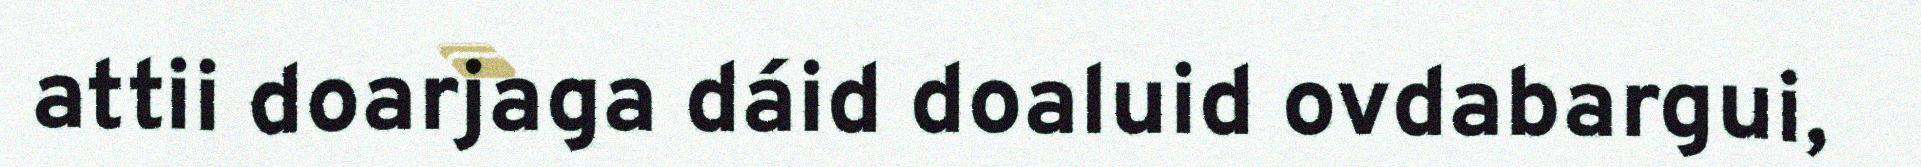
attii doarjaga dáid doaluid ovdabargui,